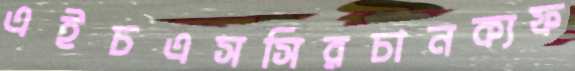
এইচএসসিরচানক্যফ